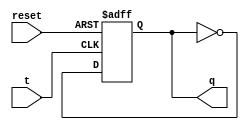
// This program was cloned from: https://github.com/Aryavardhan37/Verilog_codes
// License: MIT License

module t_latch(input t, input reset, output reg q);

    always @(posedge t or posedge reset)
    begin
        if (reset)
            q <= 1'b0;
        else if (t)
            q <= ~q;
    end

endmodule